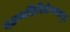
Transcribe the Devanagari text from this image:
दहत्वग्निरिवेन्धनम्॥